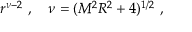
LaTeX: r ^ { \nu - 2 } \ , \quad \nu = ( M ^ { 2 } R ^ { 2 } + 4 ) ^ { 1 / 2 } \ ,